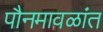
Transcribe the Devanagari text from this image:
पौनमावळांत